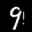
Label: 9